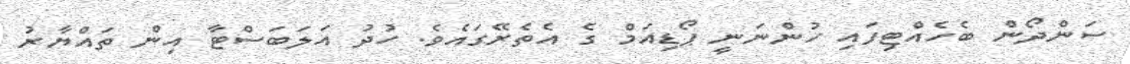
ސަންދޯން ބެހެއްޓިފައި ހުންނަނީ ޕޯޑިއަމް ގެ އެތެރޭގައެވެ. ހުދު އަލަބަސްޓާ އިން ތައްޔާރު